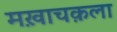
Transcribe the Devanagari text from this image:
मख़ाचक़ला